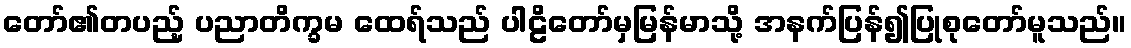
တော်၏တပည့် ပညာတိက္ခမ ထေရ်သည် ပါဠိတော်မှမြန်မာသို့ အနက်ပြန်၍ပြုစုတော်မူသည်။